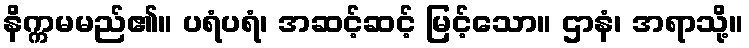
နိက္ကမမည်၏။ ပရံပရံ၊ အဆင့်ဆင့် မြင့်သော။ ဌာနံ၊ အရာသို့။